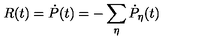
R ( t ) = \dot { P } ( t ) = - \sum _ { \eta } \dot { P } _ { \eta } ( t )